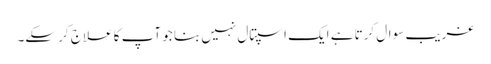
غریب سوال کرتا ہے ایک اسپتال نہیں بنا جو آپ کا علاج کر سکے۔